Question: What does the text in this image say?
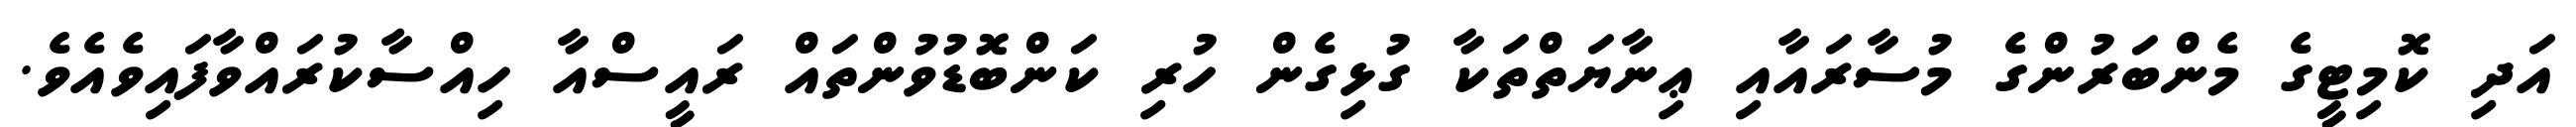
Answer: އަދި ކޮމިޓީގެ މެންބަރުންގެ މުސާރައާއި ޢިނާޔަތްތަކާ ގުޅިގެން ހުރި ކަންބޮޑުވުންތައް ރައީސްއާ ހިއްސާކުރައްވާފައިވެއެވެ.